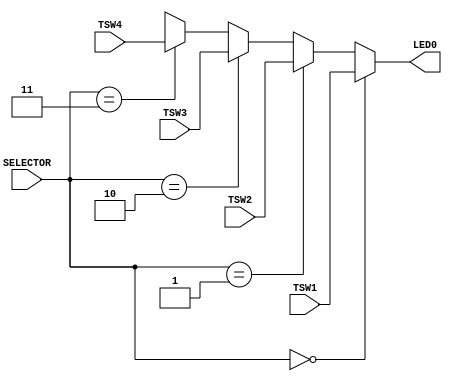
module Selector_Circuit_4input(SELECTOR, TSW1, TSW2, TSW3, TSW4, LED0);

	input [1:0] SELECTOR;
	input TSW1, TSW2, TSW3, TSW4;
	output LED0;
	
	assign LED0 = 
		(SELECTOR == 2'b00) ? TSW1:
		(SELECTOR == 2'b01) ? TSW2:
		(SELECTOR == 2'b10) ? TSW3:
		(SELECTOR == 2'b11) ? TSW4:
		1'bx;
		
	endmodule